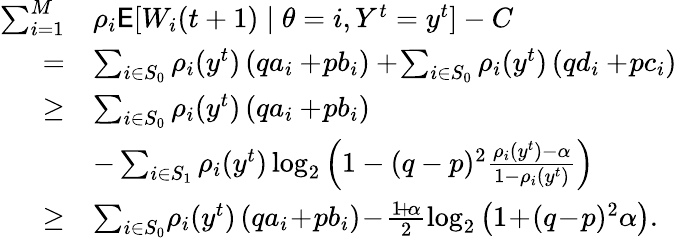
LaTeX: \begin{array}{rl}{\sum_{i=1}^{M}}&{\rho_{i}\mathsf{E}[W_{i}(t+1)\mid\theta=i,Y^{t}=y^{t}]-C}\\ {=}&{\sum_{i\in S_{0}}\rho_{i}(y^{t})\left(qa_{i}+\! pb_{i}\right)+\! \sum_{i\in S_{0}}\rho_{i}(y^{t})\left(qd_{i}+\! pc_{i}\right)}\\ {\ge}&{\sum_{i\in S_{0}}\rho_{i}(y^{t})\left(qa_{i}+\! pb_{i}\right)}\\ &{-\sum_{i\in S_{1}}\rho_{i}(y^{t})\log_{2}\left(1-(q-p)^{2}\frac{\rho_{i}(y^{t})-\alpha}{1-\rho_{i}(y^{t})}\right)}\\ {\ge}&{\sum_{i\in S_{0}}\! \rho_{i}(y^{t})\left(qa_{i}\! +\! pb_{i}\right)\! -\! \frac{1\! +\! \alpha}{2}\log_{2}\left(1\! +\! (q\! -\! p)^{2}\alpha\right).}\end{array}